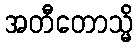
အတီတောသ္မိ